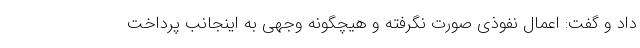
داد و گفت: اعمال نفوذی صورت نگرفته و هیچگونه وجهی به اینجانب پرداخت